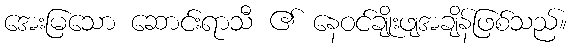
အေးမြသော ဆောင်းရာသီ ၏ နေဝင်ချိုးဖျအချိန်ဖြစ်သည်။